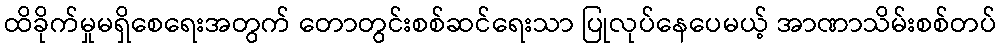
ထိခိုက်မှုမရှိစေရေးအတွက် တောတွင်းစစ်ဆင်ရေးသာ ပြုလုပ်နေပေမယ့် အာဏာသိမ်းစစ်တပ်